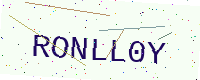
Text: RONLL0Y